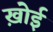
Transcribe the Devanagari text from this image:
ख़ोई